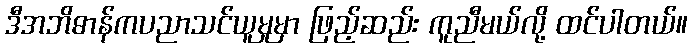
ဒီအဘိဓာန်ကပညာသင်ယူမှုမှာ ဖြည့်ဆည်း ကူညီမယ်လို့ ထင်ပါတယ်။